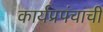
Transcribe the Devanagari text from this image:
कार्यप्रपंचाची